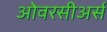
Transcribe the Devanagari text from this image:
ओवरसीअर्स